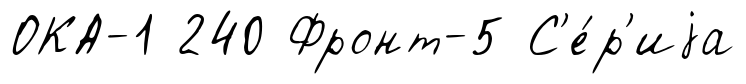
ОКА-1 240 Фронт-5 С'е́р'иjа